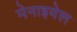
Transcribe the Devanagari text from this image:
मेनाइयेल